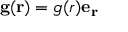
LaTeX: \mathbf { g } ( \mathbf { r } ) = g ( r ) \mathbf { e _ { r } }